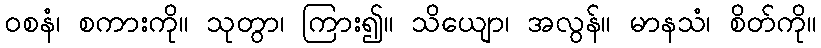
ဝစနံ၊ စကားကို။ သုတွာ၊ ကြား၍။ သိယျော၊ အလွန်။ မာနသံ၊ စိတ်ကို။